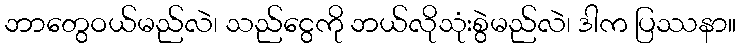
ဘာတွေဝယ်မည်လဲ၊ သည်ငွေကို ဘယ်လိုသုံးစွဲမည်လဲ၊ ဒါက ပြဿနာ။